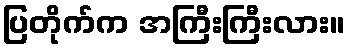
ပြတိုက်က အကြီးကြီးလား။